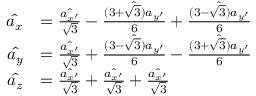
\begin{array} { r l } { \hat { a _ { x } } } & { = \frac { \hat { a _ { x ^ { \prime } } } } { \sqrt { 3 } } - \frac { \hat { ( 3 + \sqrt { 3 } ) a _ { y ^ { \prime } } } } { 6 } + \frac { \hat { ( 3 - \sqrt { 3 } ) a _ { y ^ { \prime } } } } { 6 } } \\ { \hat { a _ { y } } } & { = \frac { \hat { a _ { x ^ { \prime } } } } { \sqrt { 3 } } + \frac { \hat { ( 3 - \sqrt { 3 } ) a _ { y ^ { \prime } } } } { 6 } - \frac { \hat { ( 3 + \sqrt { 3 } ) a _ { y ^ { \prime } } } } { 6 } } \\ { \hat { a _ { z } } } & { = \frac { \hat { a _ { x ^ { \prime } } } } { \sqrt { 3 } } + \frac { \hat { a _ { x ^ { \prime } } } } { \sqrt { 3 } } + \frac { \hat { a _ { x ^ { \prime } } } } { \sqrt { 3 } } } \end{array}